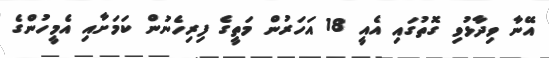
އޭނާ ވިދާޅުވި ގޮތުގައި އެއީ 18 އަހަރުން މަތީގެ ފިރިހެނުން ކަމަށާއި އެމީހުންގެ